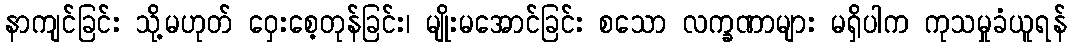
နာကျင်ခြင်း သို့မဟုတ် ဝှေးစေ့တုန်ခြင်း၊ မျိုးမအောင်ခြင်း စသော လက္ခဏာများ မရှိပါက ကုသမှုခံယူရန်